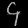
Digit: ၄